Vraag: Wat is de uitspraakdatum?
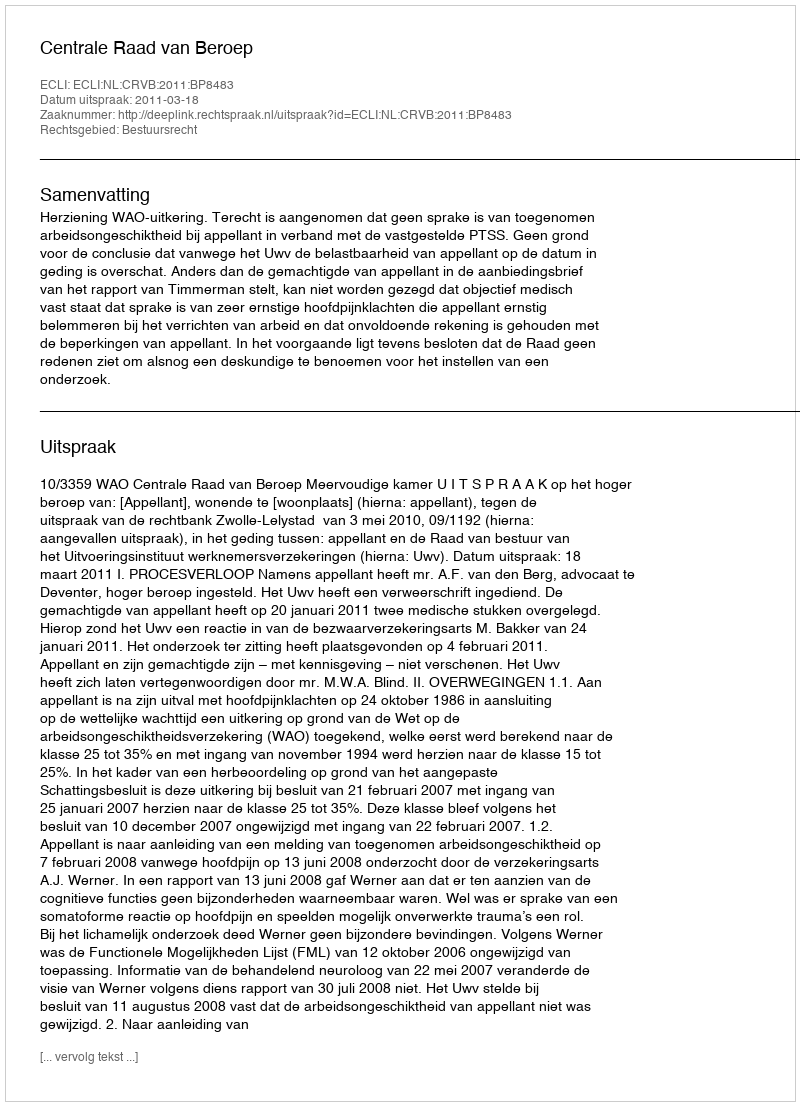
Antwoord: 2011-03-18